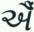
ઐઁ